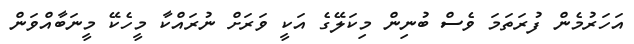
އަހަރުމެން ފުރަތަމަ ވެސް ބުނިން މިކަލޭގެ އަކީ ވަރަށް ނުރައްކާ މީހެކޭ މީނަބާއްވަން